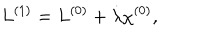
{ L } ^ { ( 1 ) } = { L } ^ { ( 0 ) } + \dot { \lambda } \chi ^ { ( 0 ) } ,